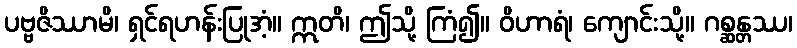
ပဗ္ဗဇိဿာမိ၊ ရှင်ရဟန်းပြုအံ့။ ဣတိ၊ ဤသို့ ကြံ၍။ ဝိဟာရံ၊ ကျောင်းသို့။ ဂစ္ဆန္တဿ၊